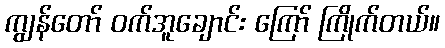
ကျွန်တော် ဝက်အူချောင်း ကြော် ကြိုက်တယ်။